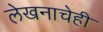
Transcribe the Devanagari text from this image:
लेखनाचेही